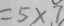
= 5 \times 7